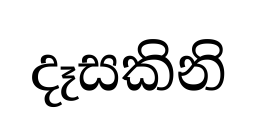
දෑසකිනි